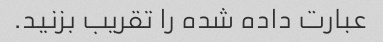
عبارت داده شده را تقریب بزنید.